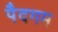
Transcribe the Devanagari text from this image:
पैदगम